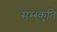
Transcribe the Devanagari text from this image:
सम्स्कृति